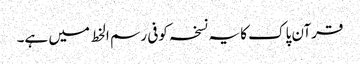
قرآن پاک کا یہ نسخہ کوفی رسم الخط میں ہے۔